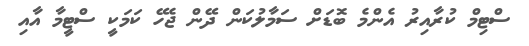
ސްޓިމް ކުރާއިރު އެންމެ ބޮޑަށް ސަމާލުކަން ދޭން ޖެހޭ ކަމަކީ ސްޓީމާ އާއި